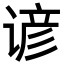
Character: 谚